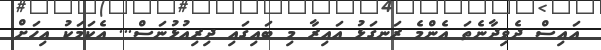
އައިސް ދެވިދާނެތަ އެންމެ ރަނގަޅު އައިރާ މި ބައިގައި ދިރިއުޅުނަސް... އެކަމަކު އިހަށް